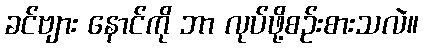
ခင်ဗျား နောင်ကို ဘာ လုပ်ဖို့စဉ်းစားသလဲ။